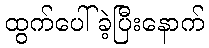
ထွက်ပေါ်ခဲ့ပြီးနောက်